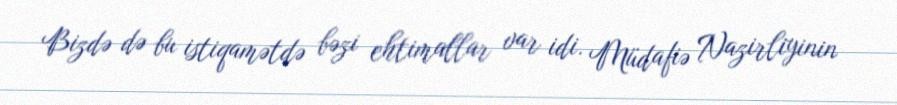
Bizdə də bu istiqamətdə bəzi ehtimallar var idi. Müdafiə Nazirliyinin